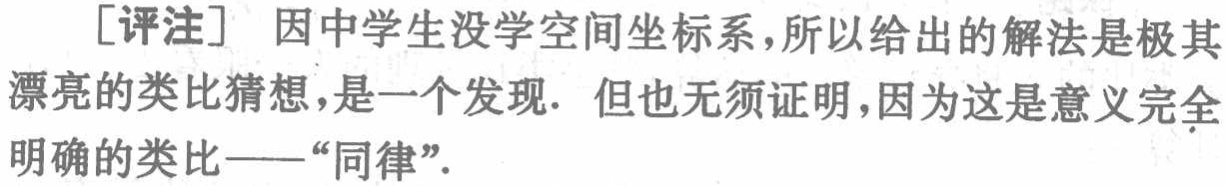
[评注] 因中学生没学空间坐标系,所以给出的解法是极其漂亮的类比猜想,是一个发现. 但也无须证明,因为这是意义完全明确的类比——“同律”.